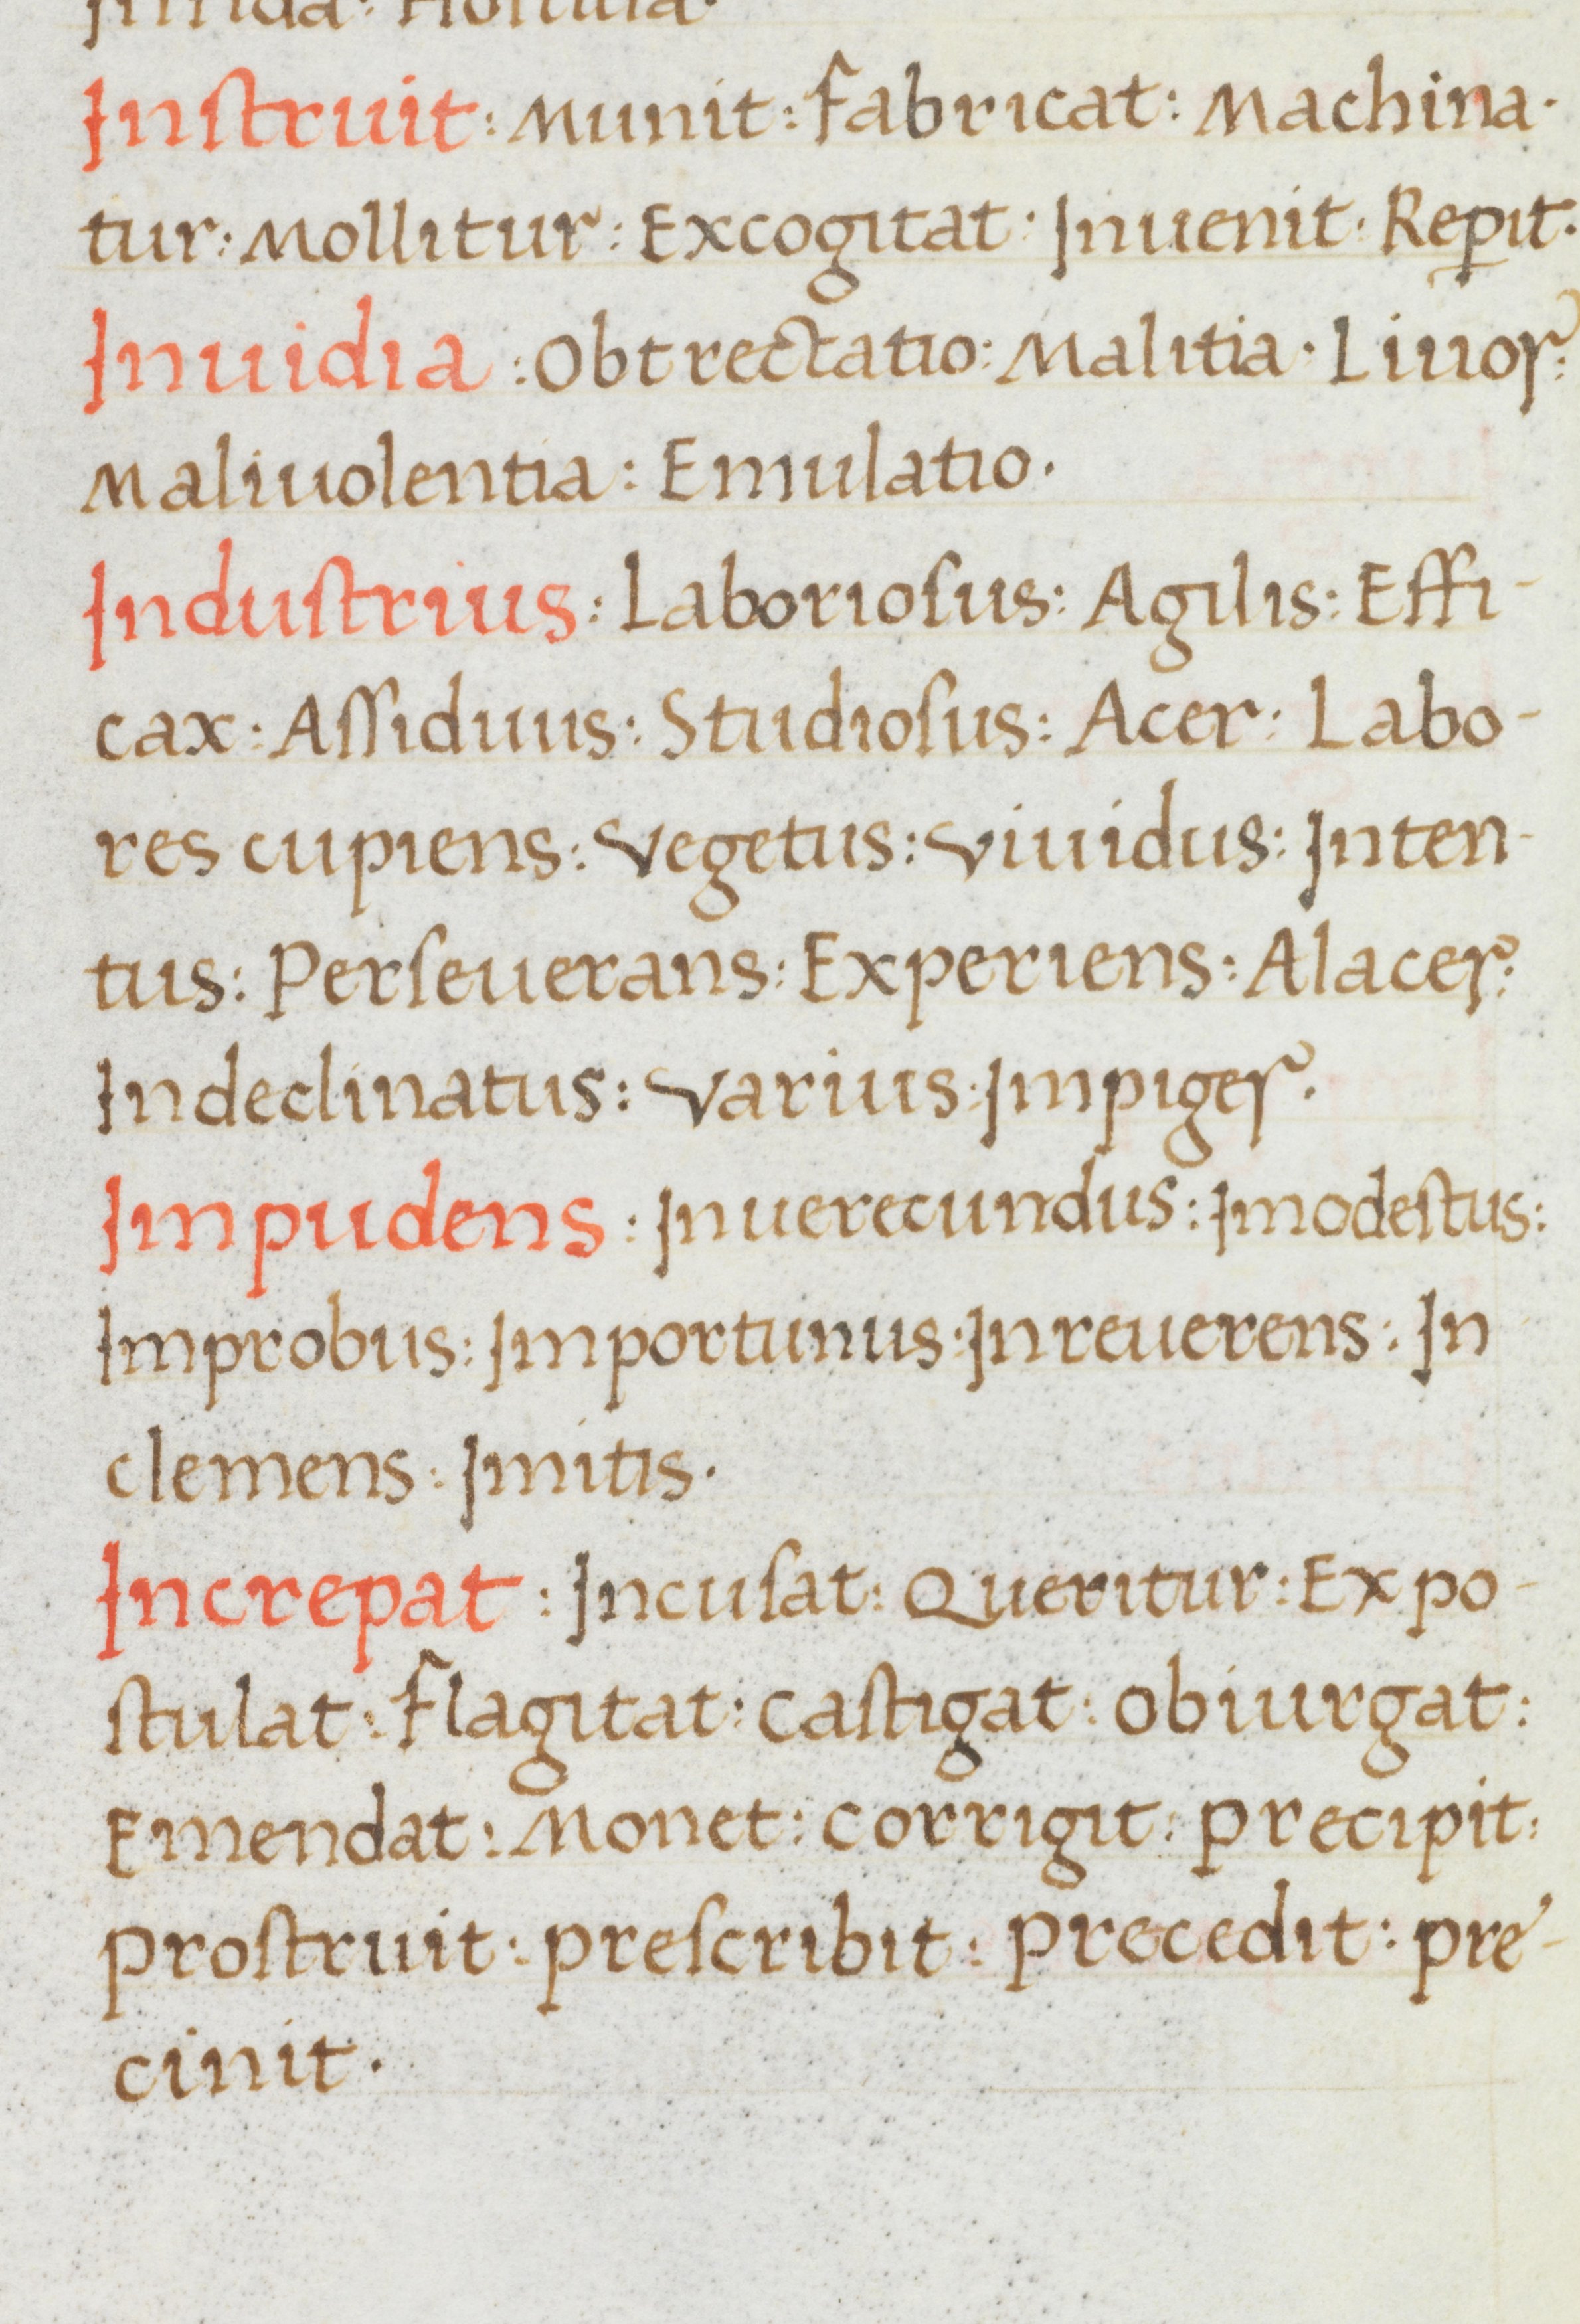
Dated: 1400–1499